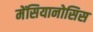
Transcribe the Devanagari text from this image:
मेंसियानोसिस